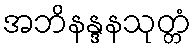
အဘိနန္ဒနသုတ္တံ